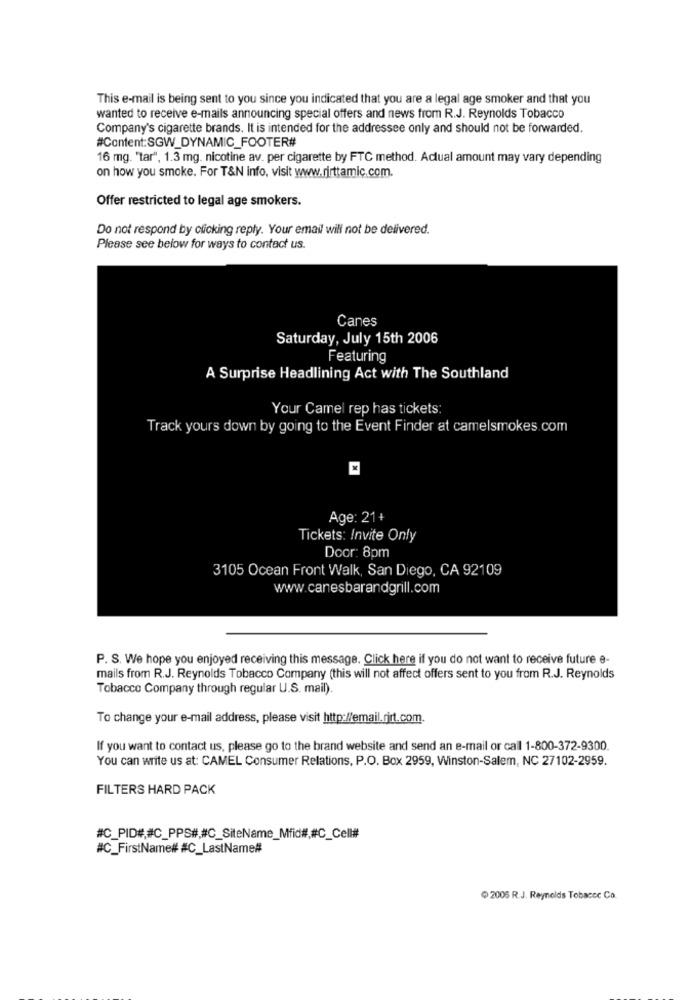
This e-mail is being sent to you since you indicated that you are a legal age smoker and that you
wanted to receive e-mails announcing special offers and news from R.J. Reynolds Tobacco
Company's cigarette brands. It is intended for the addressee only and should not be forwarded.
#Content:SGW_DYNAMIC_FOOTER#
16 mg. "tar", 1.3 mg. nicotine av. per cigarette by FTC method. Actual amount may vary depending
on how you smoke. For T&N info, visit www.rirttamic.com.
Offer restricted to legal age smokers.
Do not respond by clicking reply. Your email will not be delivered.
Please see below for ways to contact us.
Canes
Saturday, July 15th 2006
Featuring
A Surprise Headlining Act with The Southland
Your Camel rep has tickets:
Track yours down by going to the Event Finder at camelsmokes.com
Age: 21+
Tickets: Invite Only
Door: 8pm
3105 Ocean Front Walk, San Diego, CA 92109
www.canesbarandgrill.com
P. S. We hope you enjoyed receiving this message. Click here if you do not want to receive future e-
mails from R.J. Reynolds Tobacco Company (this will not affect offers sent to you from R.J. Reynolds
Tobacco Company through regular U.S. mail).
To change your e-mail address, please visit http://email.rirt.com.
If you want to contact us, please go to the brand website and send an e-mail or call 1-800-372-9300.
You can write us at: CAMEL Consumer Relations, P.O. Box 2959, Winston-Salem, NC 27102-2959.
FILTERS HARD PACK
#C_PID#,#C_PPS#,#C_SiteName_Mfid#,#C_Cell#
#C_FirstName# #C_LastName#
2005 R.J. Reynolds Tobacco Co.